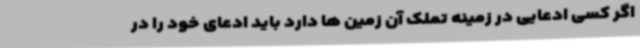
اگر کسی ادعایی در زمینه تملک آن زمین ها دارد باید ادعای خود را در